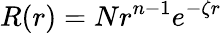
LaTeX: R(r)=Nr^{n-1}e^{-\zeta r}